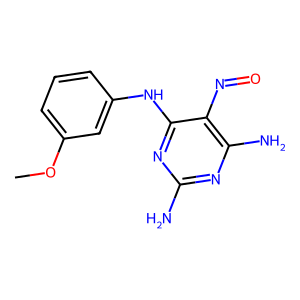
SMILES: COc1cccc(Nc2nc(N)nc(N)c2N=O)c1
Inhibits HIV replication: No